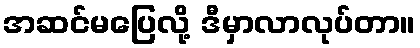
အဆင်မပြေလို့ ဒီမှာလာလုပ်တာ။